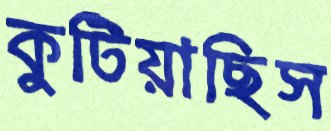
কুটিয়াছিস